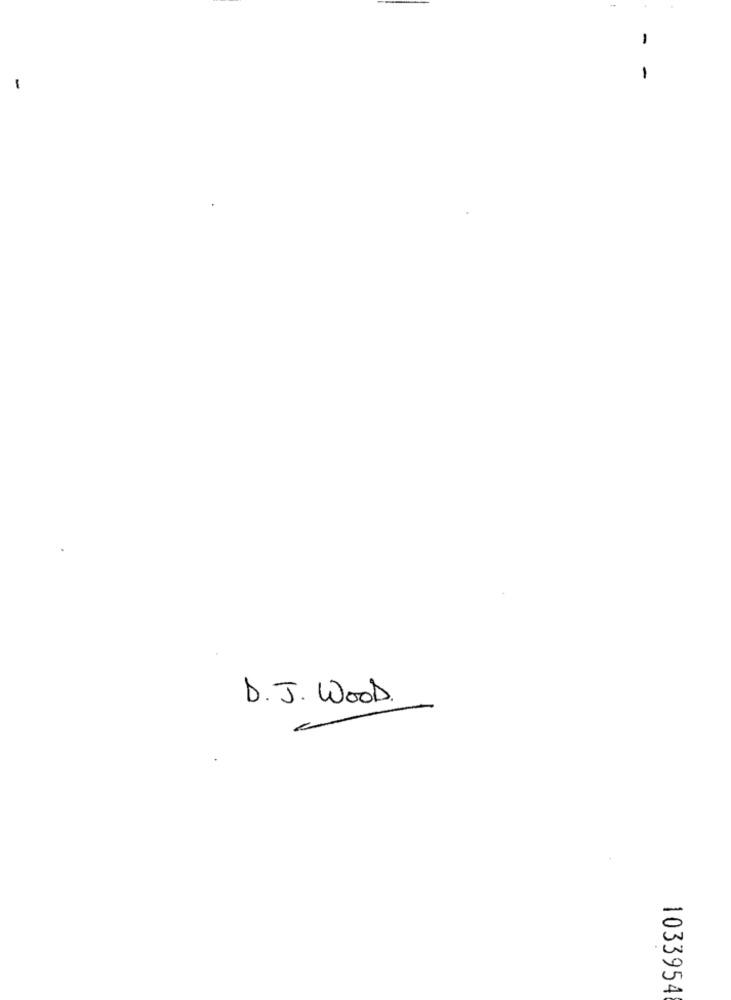
-
-
-
-
D. J. Wood.
1033954